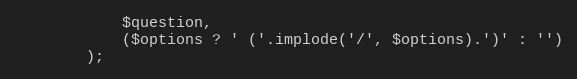
Language: PHP
            $question,
            ($options ? ' ('.implode('/', $options).')' : '')
        );